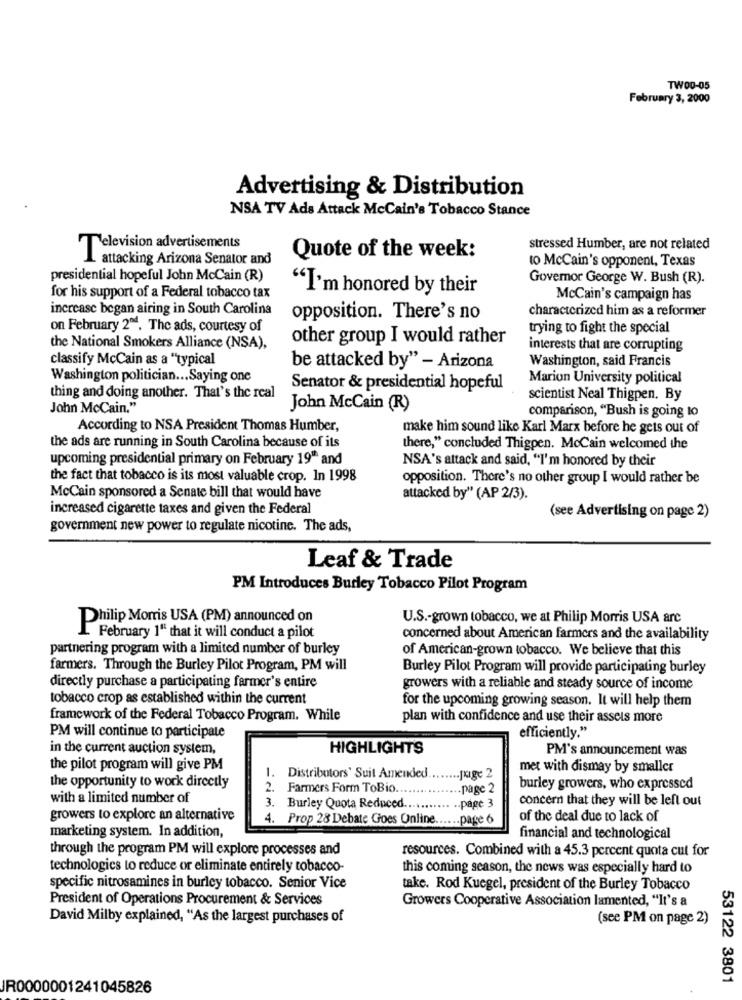
TWO0-05
February 3, 2000
Advertising & Distribution
NSA TV Ads Attack McCain's Tobacco Stance
Television advertisements
stressed Humber, are not related
attacking Arizona Senator and
Quote of the week:
to McCain's opponent, Texas
presidential hopeful John McCain (R)
Governor George W. Bush (R).
"I'm honored by their
for his support of a Federal tobacco tax
McCain's campaign has
increase began airing in South Carolina
opposition. There's no
characterized him as a reformer
on February 2". The ads, courtesy of
trying to fight the special
other group I would rather
the National Smokers Alliance (NSA),
interests that are corrupting
classify McCain as a "typical
Washington, said Francis
be attacked by" - Arizona
Washington politician ... Saying one
Marion University political
Senator & presidential hopeful
thing and doing another. That's the real
scientist Neal Thigpen, By
John McCain."
John McCain (R)
comparison, "Bush is going to
According to NSA President Thomas Humber,
make him sound like Karl Marx before he gets out of
the ads are running in South Carolina because of its
there," concluded Thigpen. MoCain welcomed the
upcoming presidential primary on February 19" and
NSA's attack and said, "I'm honored by their
the fact that tobacco is its most valuable crop. In 1998
opposition. There's no other group I would rather be
McCain sponsored a Senate bill that would have
attacked by" (AP 2/3).
increased cigarette taxes and given the Federal
(see Advertising on page 2)
government new power to regulate nicotine. The ads,
Leaf & Trade
PM Introduces Burley Tobacco Pilot Program
U.S .- grown tobacco, we at Philip Morris USA arc
Philip Morris USA (PM) announced on
February 1" that it will conduct a pilot
concerned about American farmers and the availability
partnering program with a limited number of burley
of American-grown tobacco. We believe that this
farmers. Through the Burley Pilot Program, PM will
Burley Pilot Program will provide participating burley
directly purchase a participating farmer's entire
growers with a reliable and steady source of income
tobacco crop as established within the current
for the upcoming growing season. It will help them
framework of the Federal Tobacco Program. While
plan with confidence and use their assets more
efficiently."
PM will continue to participate
in the current auction system,
HIGHLIGHTS
PM's announcement was
the pilot program will give PM
met with dismay by smaller
1. Distributors' Suit Amended
... Juge 2
the opportunity to work directly
2. Farmers Form ToBio ...
.. page 2
burley growers, who expressed
with a limited number of
.page 3
concern that they will be left out
3. Burley Quota Reduced ....
growers to explore an alternative
4. Prop 28 Debate Goes Online.
.... page 6
of the deal due to lack of
marketing system. In addition,
financial and technological
through the program PM will explore processes and
resources. Combined with a 45.3 percent quota cut for
technologies to reduce or eliminate entirely tobacco-
this coming season, the news was especially hard to
specific nitrosamines in burley tobacco. Senior Vice
take. Rod Kuegel, president of the Burley Tobacco
President of Operations Procurement & Services
Growers Cooperative Association lamented, "It's a
David Milby explained, "As the largest purchases of
(see PM on page 2)
53122 3801
JR0000001241045826